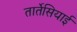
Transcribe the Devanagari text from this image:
तार्तेसियाई